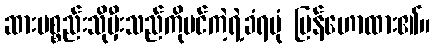
ဆားပစ္စည်းသိုမှီးသည်ကိုပင်ကဲ့ရဲ့ခံရပုံ ပြန်ဟောထား၏။